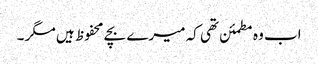
اب وہ مطمئن تھی کہ میرے بچے محفوظ ہیں مگر ۔